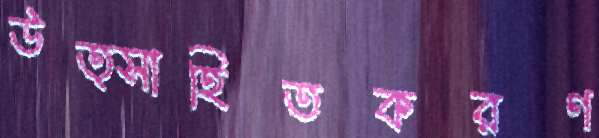
উত্সাহিতকরণ